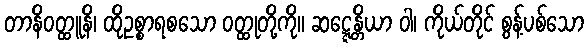
တာနိဝတ္ထူနိ၊ ထိုဥစ္စာရစသော ဝတ္ထုတို့ကို။ ဆဋ္ဋေန္တိယာ ဝါ၊ ကိုယ်တိုင် စွန့်ပစ်သော